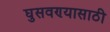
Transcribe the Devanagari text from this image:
घुसवण्यासाठी